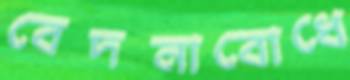
বেদনাবোধে